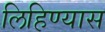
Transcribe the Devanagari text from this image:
लिहिण्‍यास